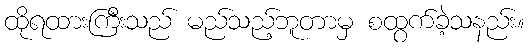
ထိုရထားကြီးသည် မည်သည့်ဘူတာမှ စထွက်ခဲ့သနည်း။